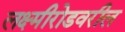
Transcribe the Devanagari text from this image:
लक्ष्मीरोडवरील